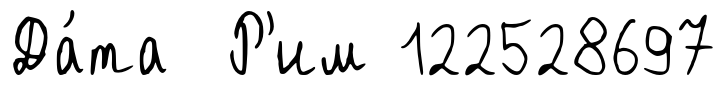
Да́та Р'им 122528697